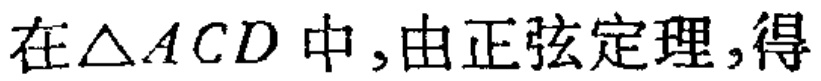
在\(\triangle ACD\)中，由正弦定理，得